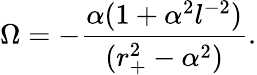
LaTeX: \Omega=-{\frac{\alpha(1+\alpha^{2}l^{-2})}{(r_{+}^{2}-\alpha^{2})}}.